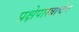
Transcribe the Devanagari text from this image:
प्रक्षेपास्त्राचेच